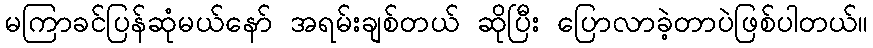
မကြာခင်ပြန်ဆုံမယ်နော် အရမ်းချစ်တယ် ဆိုပြီး ပြောလာခဲ့တာပဲဖြစ်ပါတယ်။